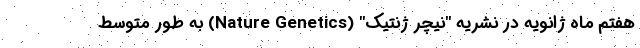
هفتم ماه ژانویه در نشریه "نیچر ژنتیک" (Nature Genetics) به طور متوسط